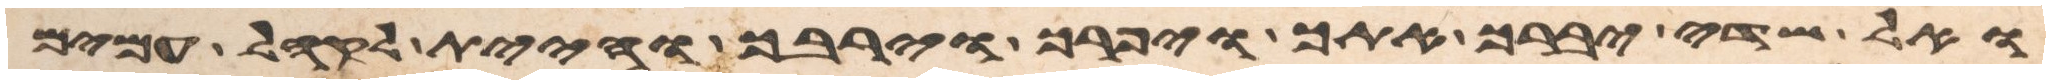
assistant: ואל שדי יברך אתך ויפרך וירבך והיית לקהל עמים